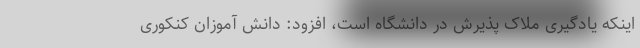
اینکه یادگیری ملاک پذیرش در دانشگاه است، افزود: دانش آموزان کنکوری